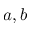
a , b